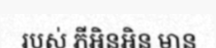
របស់ ភីអិនអិន មាន